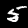
Label: 5